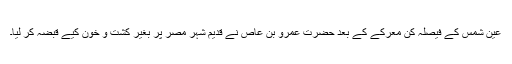
عین شمس کے فیصلہ کن معرکے کے بعد حضرت عمرو بن عاص نے قدیم شہر مصر پر بغیر کشت و خون کیے قبضہ کر لیا۔